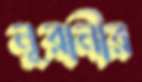
নূরানীর